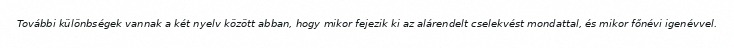
További különbségek vannak a két nyelv között abban, hogy mikor fejezik ki az alárendelt cselekvést mondattal, és mikor főnévi igenévvel.